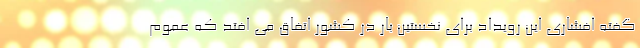
گفته افشاری این رویداد برای نخستین بار در کشور اتفاق می افتد که عموم